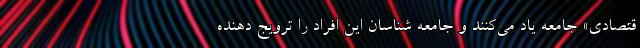
قتصادی» جامعه یاد می‌کنند و جامعه شناسان این افراد را ترویج دهنده